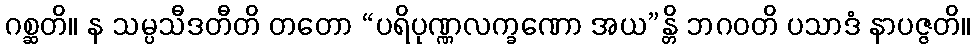
ဂစ္ဆတိ။ န သမ္ပသီဒတီတိ တတော “ပရိပုဏ္ဏလက္ခဏော အယ”န္တိ ဘဂဝတိ ပသာဒံ နာပဇ္ဇတိ။